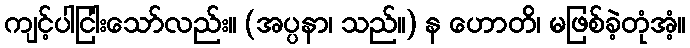
ကျင့်ပါငြါးသော်လည်း။ (အပ္ပနာ၊ သည်။) န ဟောတိ၊ မဖြစ်ခဲ့တုံအံ့။